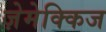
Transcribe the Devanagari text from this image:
ज़ेमेक्किज